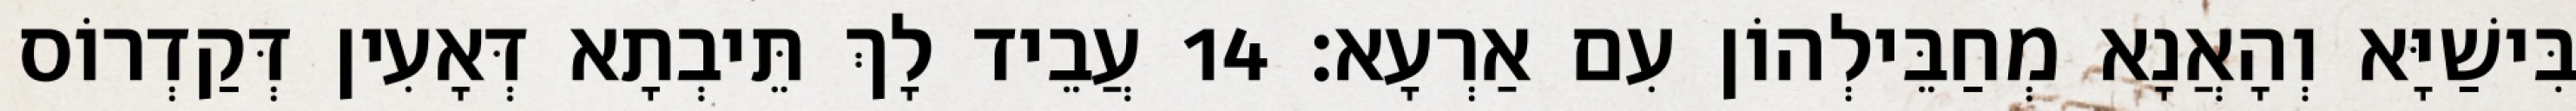
בִּישַׁיָּא וְהָאֲנָא מְחַבֵּילְהוֹן עִם אַרְעָא׃ 14 עֲבֵיד לָךְ תֵּיבְתָא דְּאָעִין דְּקַדְרוֹס